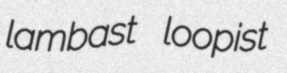
lambast loopist